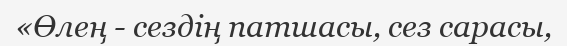
«Өлең - сездің патшасы, сез сарасы,